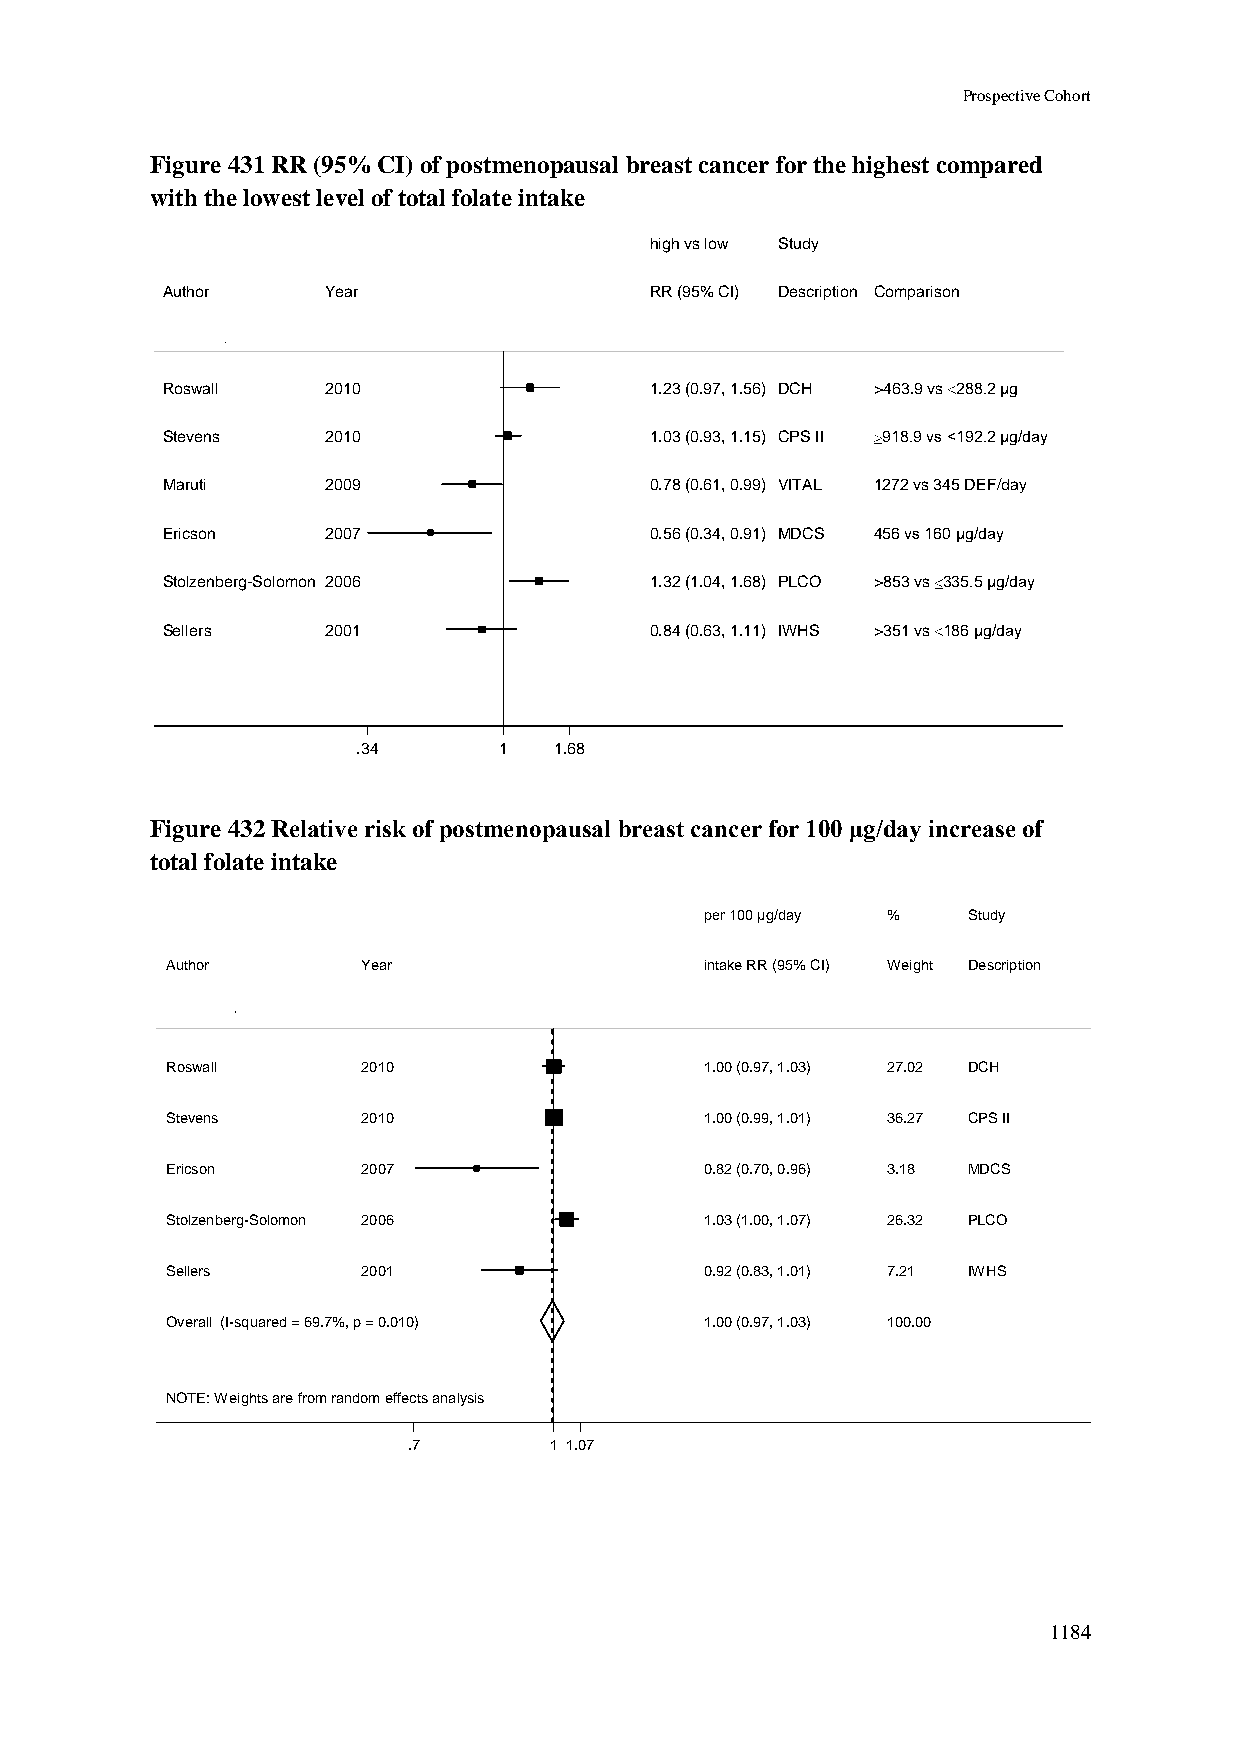
Prospective Cohort
 Figure 431 RR (95% CI) of postmenopausal breast cancer for the highest compared
 with the lowest level of total folate intake
 hhiigghh vvss llooww SSttuuddyy
 Author     Year                 RRRR ((9955%% CCII)) DDeessccrriippttiioonn Comparison
 Roswall    2010                 11..2233 ((00..9977,, 11..5566)) DDCCHH >463.9 vs 288.2 µg
 Stevens    2010                 11..0033 ((00..9933,, 11..1155)) CCPPSS IIII 918.9 vs <192.2 µg/day
 Maruti     2009                 00..7788 ((00..6611,, 00..9999)) VVIITTAALL 1272 vs 345 DEF/day
 Ericson    2007                 00..5566 ((00..3344,, 00..9911)) MMDDCCSS 456 vs 160 µg/day
 Stolzenberg-Solomon 2006        11..3322 ((11..0044,, 11..6688)) PPLLCCOO >853 vs 335.5 µg/day
 Sellers    2001                 00..8844 ((00..6633,, 11..1111)) IIWWHHSS >351 vs 186 µg/day
 .34      11  1.68
 Figure 432 Relative risk of postmenopausal breast cancer for 100 μg/day increase of
 total folate intake
 ppeerr 110000 µµgg//ddaayy %% Study
 Author       Year                   iinnttaakkee RRRR ((9955%% CCII)) WWeeiigghhtt Description
 Roswall      2010                   11..0000 ((00..9977,, 11..0033)) 2277..0022 DCH
 Stevens      2010                   11..0000 ((00..9999,, 11..0011)) 3366..2277 CPS II
 Ericson      2007                   00..8822 ((00..7700,, 00..9966)) 33..1188 MDCS
 Stolzenberg-Solomon 2006            11..0033 ((11..0000,, 11..0077)) 2266..3322 PLCO
 Sellers      2001                   00..9922 ((00..8833,, 11..0011)) 77..2211 IWHS
 Overall (I-squared = 69.7%, p = 0.010) 11..0000 ((00..9977,, 11..0033)) 110000..0000
 NOTE: Weights are from random effects analysis
 .7       11 1.07
 1184